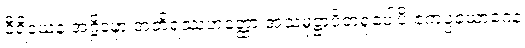
ဝီရိယေန အဂ္ဂိဒဍ္ဎာ အတိရဿဟတ္ထော အသမုဋ္ဌာပိတရူပေါပိ ဧကပ္ပယောဂေန